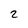
Character: 2